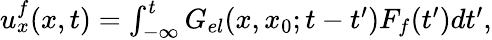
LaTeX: \begin{array}{r}{u_{x}^{f}(x,t)=\int_{-\infty}^{t}G_{el}(x,x_{0};t-t^{\prime})F_{f}(t^{\prime})dt^{\prime},}\end{array}